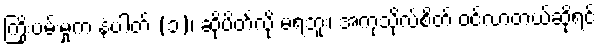
ကြိုးပမ်းမှုက နံပါတ် (၁)၊ ဆို့ပိတ်လို့ မရဘူး၊ အကုသိုလ်စိတ် ဝင်လာတယ်ဆိုရင်